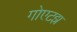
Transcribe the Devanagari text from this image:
गोएटझ